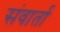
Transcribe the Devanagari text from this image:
संवार्ता